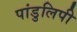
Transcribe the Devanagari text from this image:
पांडुलिपी